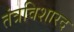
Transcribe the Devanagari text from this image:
तंत्रविशारद